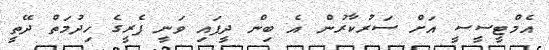
އެމްޓީސީސީ އަށް ސަރުކާރުން އެ ބިން ދީފައި ވަނީ ފެރީގެ ހިދުމަތް ދޭތީ